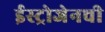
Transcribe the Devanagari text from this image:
ईस्ट्रोजेनची